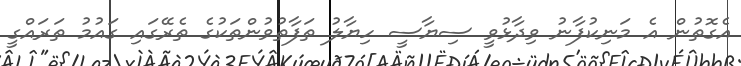
އެގޮތުން އެ މަނިކުފާނު ވިދާޅުވީ ސިޔާސީ ހިޔާލު ތަފާތުވުންތަކުގެ ތެރޭގައި ގައުމު ތަރައްގީ